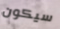
سيكون